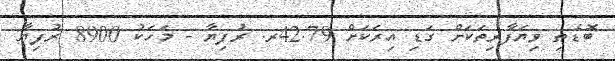
ބޮޑެތި ވިޔަފާރިތަކަށް ގަޑި އިރަކަށް 42.79ރ. ރުފިޔާ - މަހަކު 8900 ރުފިޔާ